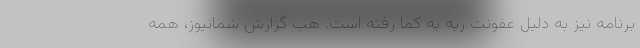
برنامه نیز به دلیل عفونت ریه به کما رفته است. هب گزارش شمانیوز، همه